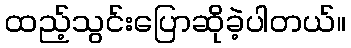
ထည့်သွင်းပြောဆိုခဲ့ပါတယ်။